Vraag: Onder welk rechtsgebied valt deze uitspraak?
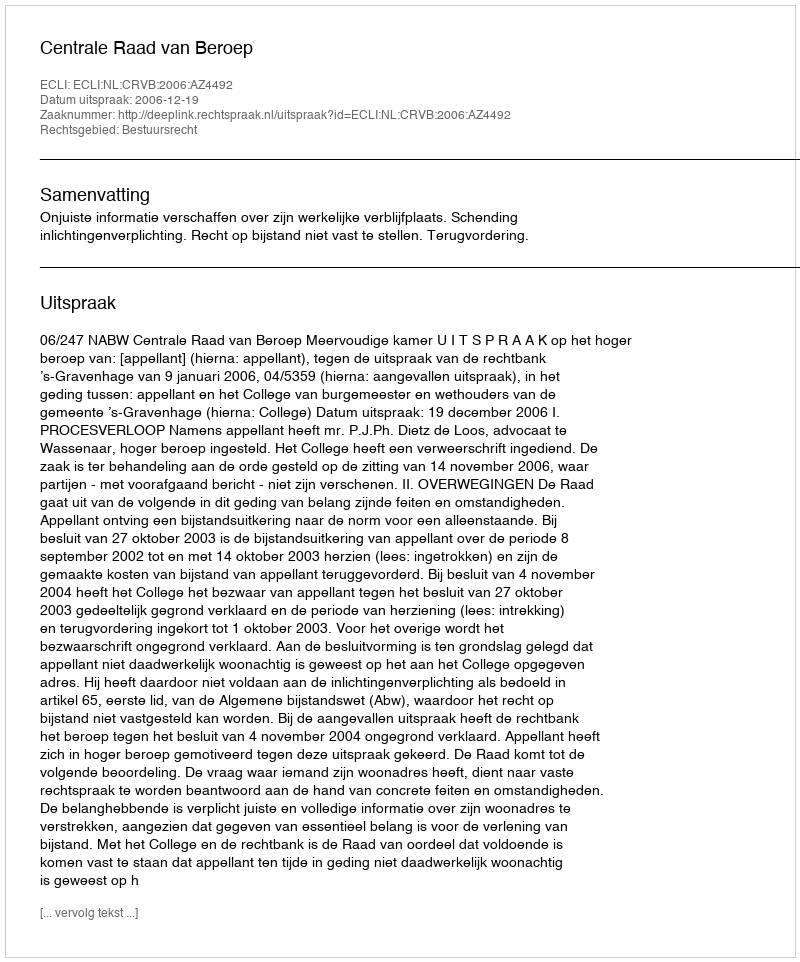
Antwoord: Bestuursrecht